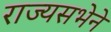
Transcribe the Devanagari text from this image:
राज्यसभेने